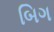
બિગ